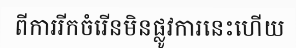
ពីការរីកចំរើនមិនផ្លូវការនេះហើយ